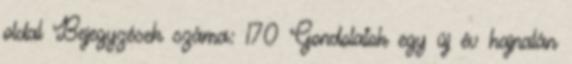
oldal Bejegyzések száma: 170 Gondolatok egy új év hajnalán